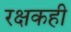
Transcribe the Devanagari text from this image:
रक्षकही